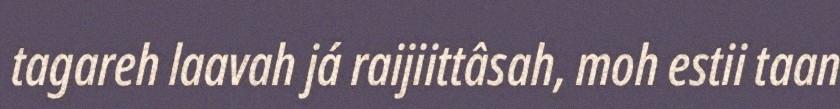
tagareh laavah já raijiittâsah, moh estii taan